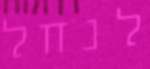
לנחל